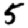
Digit: 5